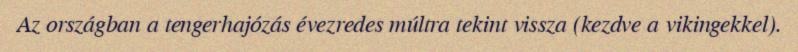
Az országban a tengerhajózás évezredes múltra tekint vissza (kezdve a vikingekkel).